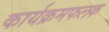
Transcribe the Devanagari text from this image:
कार्यक्रमफलक